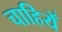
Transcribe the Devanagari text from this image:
चाहियेँ